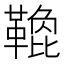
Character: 𩌟